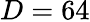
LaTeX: D=64